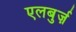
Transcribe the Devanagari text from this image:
एलबुर्ज़